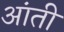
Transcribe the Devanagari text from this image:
आंती